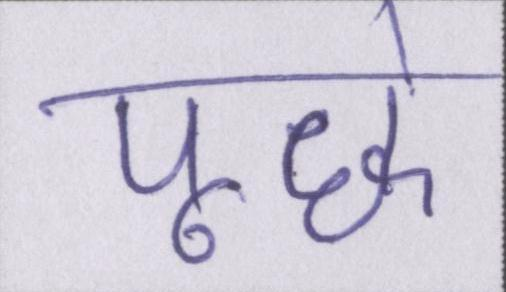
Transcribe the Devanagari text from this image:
पूछे